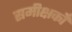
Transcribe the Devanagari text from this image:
समीक्षकोँ